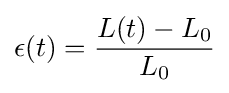
\epsilon (t)={\frac {L(t)-L_{0}}{L_{0}}}